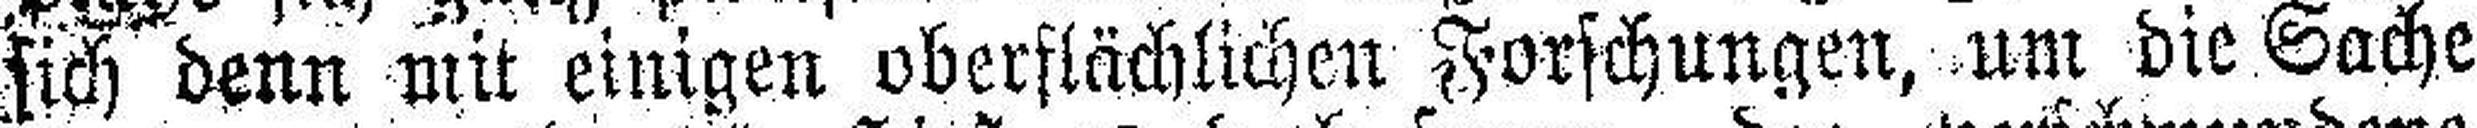
sich denn mit einigen oberflächlichen Forschungen, um die Sache